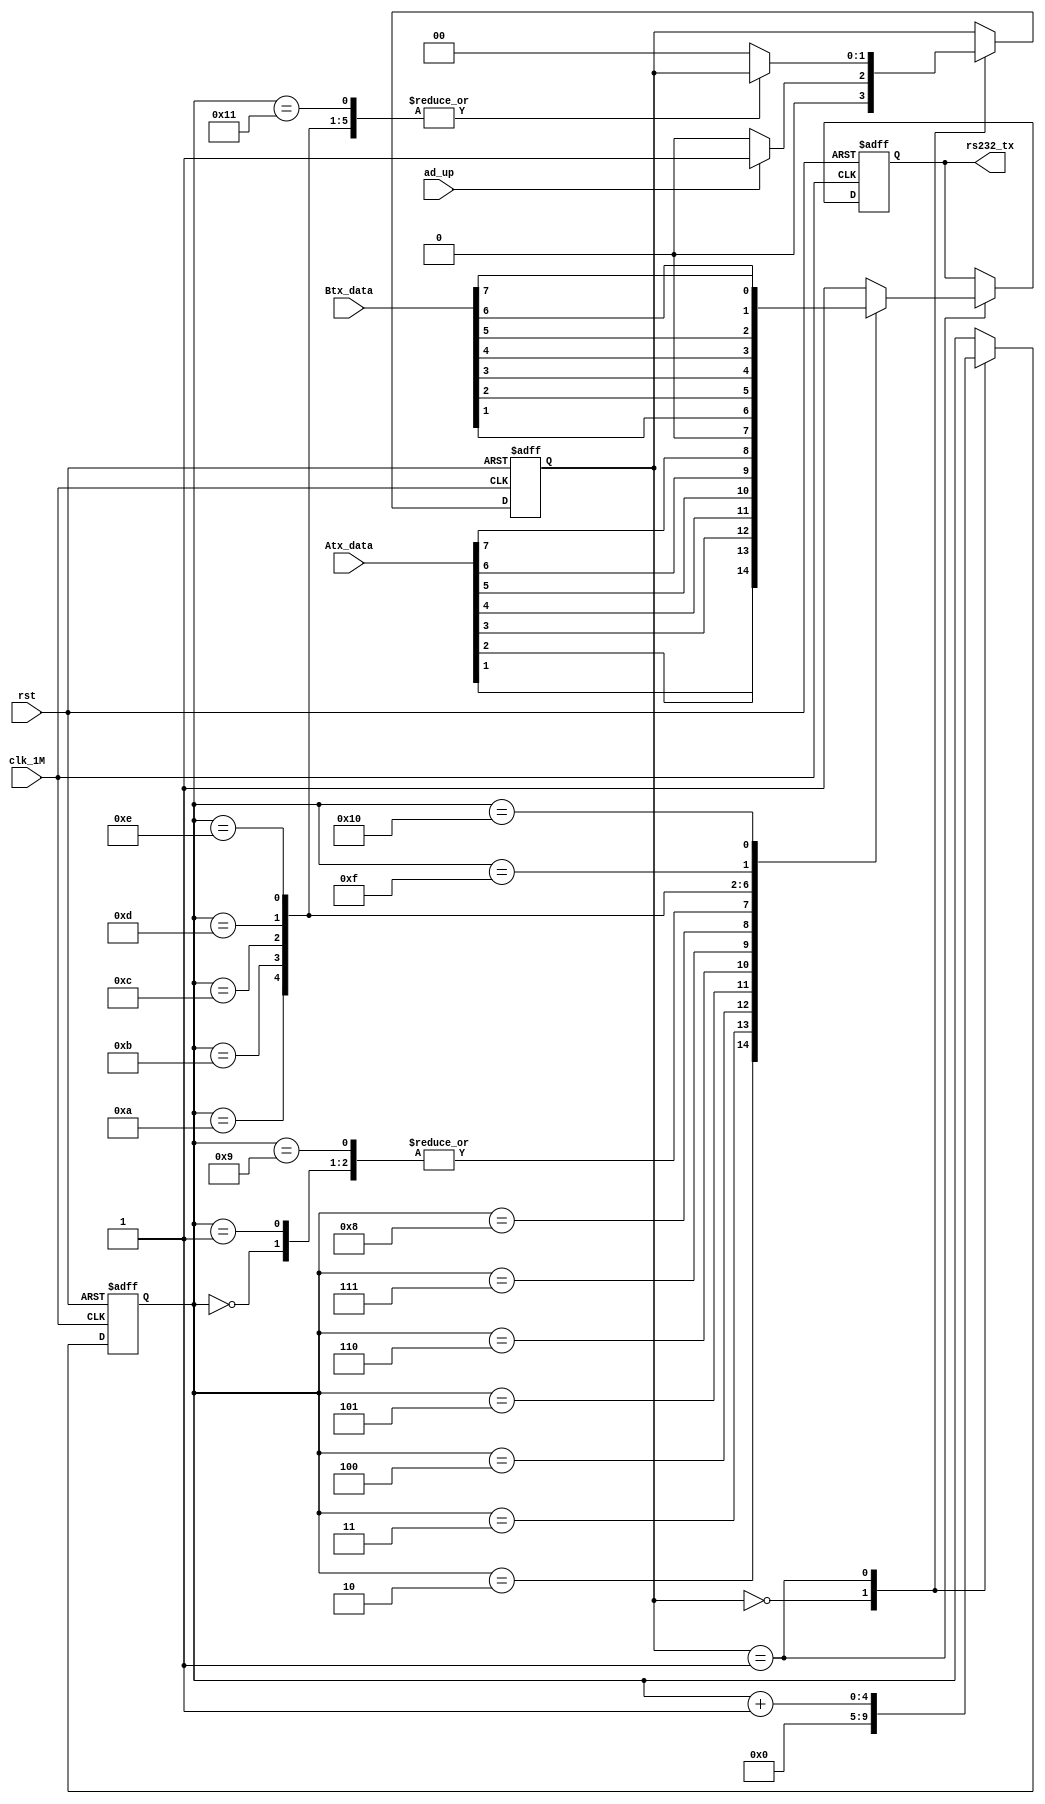
module my_uart_tx(clk_1M,rst,ad_up,Atx_data,Btx_data,rs232_tx);
input clk_1M;
input rst;
input ad_up;
input[7:0] Atx_data;
input[7:0] Btx_data;

output rs232_tx;

reg [4:0] num; 
reg rs232_tx_r;
reg [1:0]state;
always @(posedge clk_1M or negedge rst)
begin 
	if(!rst)
		begin
				num<=5'd0;
				rs232_tx_r<=1'b1;
				state<=1'b0;
			end
	else 
		begin
			case(state)
				1'b0:
					begin
					   num<=1'b0;
						if(ad_up)
							state<=1'b1;
						else 
							state<=1'b0;
					end 
				1'b1:
					begin 
						num<=num+1'b1;
						case(num)
							5'd0: 	rs232_tx_r<=1'b0;
							5'd1: 	rs232_tx_r<=1'b0;
							5'd2: 	rs232_tx_r<=Atx_data[1];
							5'd3: 	rs232_tx_r<=Atx_data[2];
							5'd4: 	rs232_tx_r<=Atx_data[3];
							5'd5: 	rs232_tx_r<=Atx_data[4];
							5'd6: 	rs232_tx_r<=Atx_data[5];
							5'd7: 	rs232_tx_r<=Atx_data[6];
							5'd8: 	rs232_tx_r<=Atx_data[7];
							
							5'd9: 	rs232_tx_r<=1'b0;
							5'd10: 	rs232_tx_r<=Btx_data[1];
							5'd11: 	rs232_tx_r<=Btx_data[2];
							5'd12: 	rs232_tx_r<=Btx_data[3];
							5'd13: 	rs232_tx_r<=Btx_data[4];
							5'd14: 	rs232_tx_r<=Btx_data[5];
							5'd15: 	rs232_tx_r<=Btx_data[6];
							5'd16: 	rs232_tx_r<=Btx_data[7];
							
							5'd17: 	rs232_tx_r<=1'b1;
							5'd18:	begin 
											rs232_tx_r<=1'b1; 
											state<=1'b0;
										end 
							default : 
									   begin 
											rs232_tx_r<=1'b1; 
											state<=1'b0;
										end 
						endcase
					end	
			endcase 		
		end 		
end

assign rs232_tx=rs232_tx_r;
endmodule